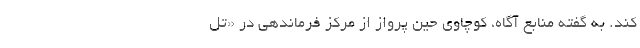
کند. به گفته منابع آگاه، کوچاوی حین پرواز از مرکز فرماندهی در «تل